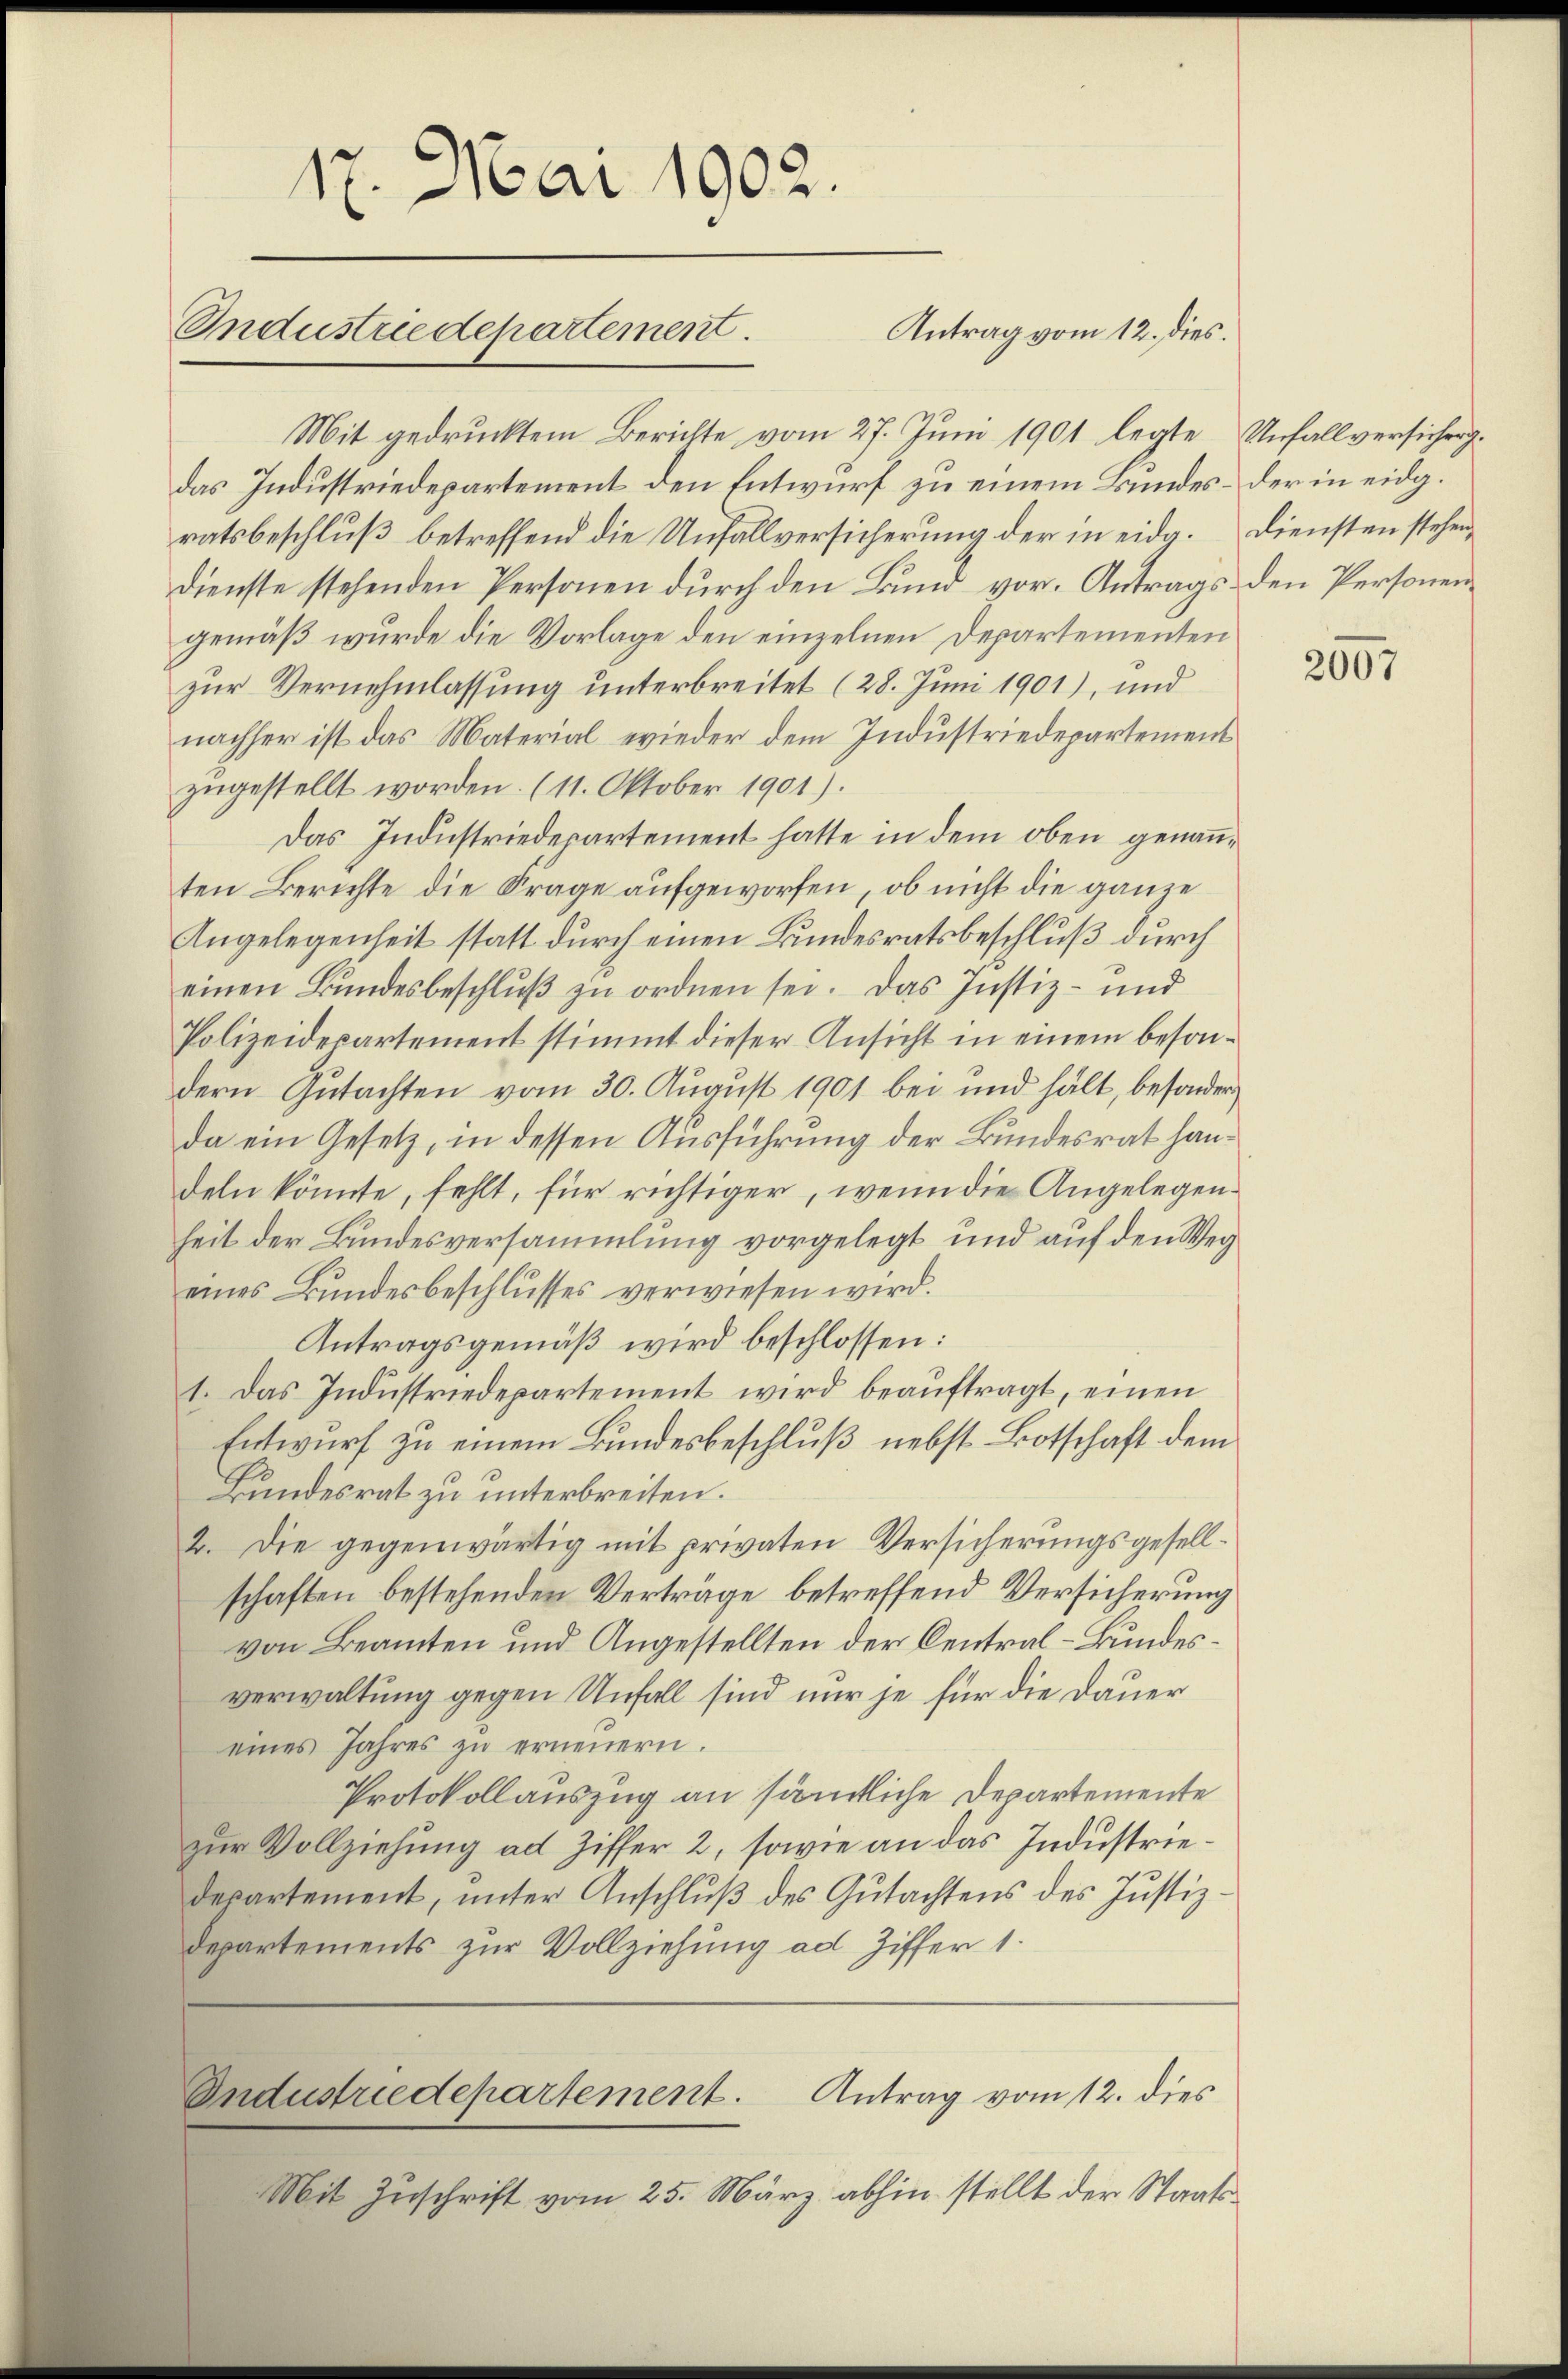
17. Mai 1902.
Antrag vom 12. dies.
Industriedepartement.

Mit gedrucktem Berichte vom 27. Juni 1901 legte Unfallversichergdas Industriedepartement den Entwurf zu einem Bundes- der in eidg.
ratsbeschluß betreffend die Unfallversicherung der in eidg. Diensten stehen,
dienste stehenden Personen durch den Bund vor. Antrags den Personengemäß wurde die Vorlage den einzelnen Departementen
zur Vernehmlassung unterbreitet (28. Juni 1901), und
nachher ist das Material wieder dem Industriedepartement
zugestellt worden. (11. Oktober 1901).
Das Industriedepartement hatte in dem oben genanten Berichte die Frage aufgeworfen, ob nicht die ganze
Angelegenheit statt durch einen Bundesratsbeschluß durch
einen Bundesbeschluß zu ordnen sei. Das Justiz- und
Polizeidepartement stimmt dieser Ansicht in einem besondern Gutachten vom 30. August 1901 bei und hält, besonder
da ein Gesetz, in dessen Ausführung der Bundesrat handeln könnte, fehlt, für richtiger, wenn die Angelegenheit der Bundesversammlung vorgelegt und auf den Weg
eines Bundesbeschlusses verwiesen wird.
Antragsgemäß wird beschlossen:
1. Das Industriedepartement wird beauftragt, einen
Entwurf zu einem Bundesbeschluß nebst Botschaft dem
Bundesrat zu unterbreiten.
2. Die gegenwärtig mit privaten Versicherungsgesellschaften bestehenden Verträge betreffend Versicherung
von Beamten und Angestellten der Central-Bundesverwaltung gegen Unfall sind nur je für die Dauer
eines Jahres zu erneuern.
Protokollauszug an sämtliche Departemente
zur Vollziehung ad Ziffer 2, sowie an das Industriedepartement, unter Anschlŭβ des Gutachtens des Justiz-
departements zur Vollziehung ad Ziffer 1.
Antrag vom 12. dies
Industriedepartement
Mit Zuschrift vom 25. März abhin stellt der Staats¬

2007